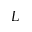
L